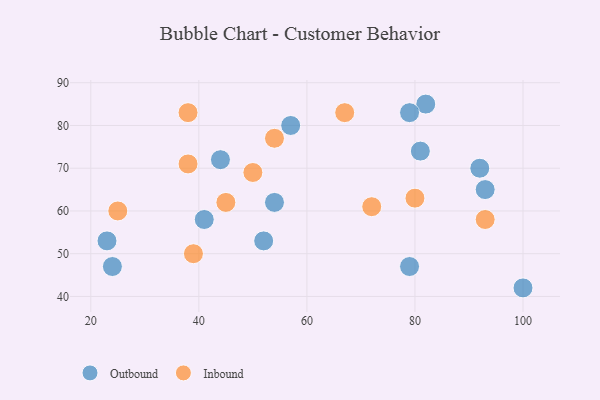
{"axis": {"x": "GDP", "y": "Life Expectancy"}, "legend": ["Inbound", "Outbound"], "data": [{"x": "81", "y": 74, "type": "Outbound"}, {"x": "82", "y": 85, "type": "Outbound"}, {"x": "54", "y": 62, "type": "Outbound"}, {"x": "52", "y": 53, "type": "Outbound"}, {"x": "92", "y": 70, "type": "Outbound"}, {"x": "57", "y": 80, "type": "Outbound"}, {"x": "44", "y": 72, "type": "Outbound"}, {"x": "79", "y": 47, "type": "Outbound"}, {"x": "93", "y": 65, "type": "Outbound"}, {"x": "24", "y": 47, "type": "Outbound"}, {"x": "23", "y": 53, "type": "Outbound"}, {"x": "79", "y": 83, "type": "Outbound"}, {"x": "41", "y": 58, "type": "Outbound"}, {"x": "100", "y": 42, "type": "Outbound"}, {"x": "50", "y": 69, "type": "Inbound"}, {"x": "25", "y": 60, "type": "Inbound"}, {"x": "93", "y": 58, "type": "Inbound"}, {"x": "67", "y": 83, "type": "Inbound"}, {"x": "72", "y": 61, "type": "Inbound"}, {"x": "38", "y": 71, "type": "Inbound"}, {"x": "45", "y": 62, "type": "Inbound"}, {"x": "38", "y": 83, "type": "Inbound"}, {"x": "54", "y": 77, "type": "Inbound"}, {"x": "39", "y": 50, "type": "Inbound"}, {"x": "80", "y": 63, "type": "Inbound"}]}